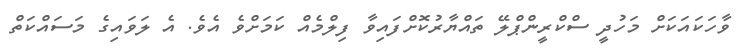
ވާހަކައަކަށް މަހުދީ ސްކްރީންޕްލޭ ތައްޔާރުކޮށްފައިވާ ފިލްމެއް ކަމަށްވެ އެވެ. އެ ލަވައިގެ މަސައްކަތް